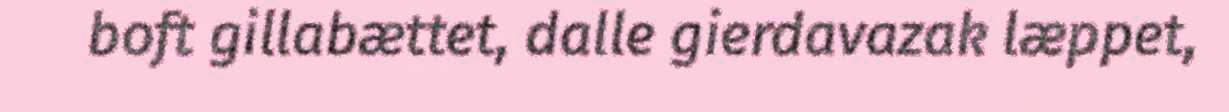
boft gillabættet, dalle gierdavazak læppet,